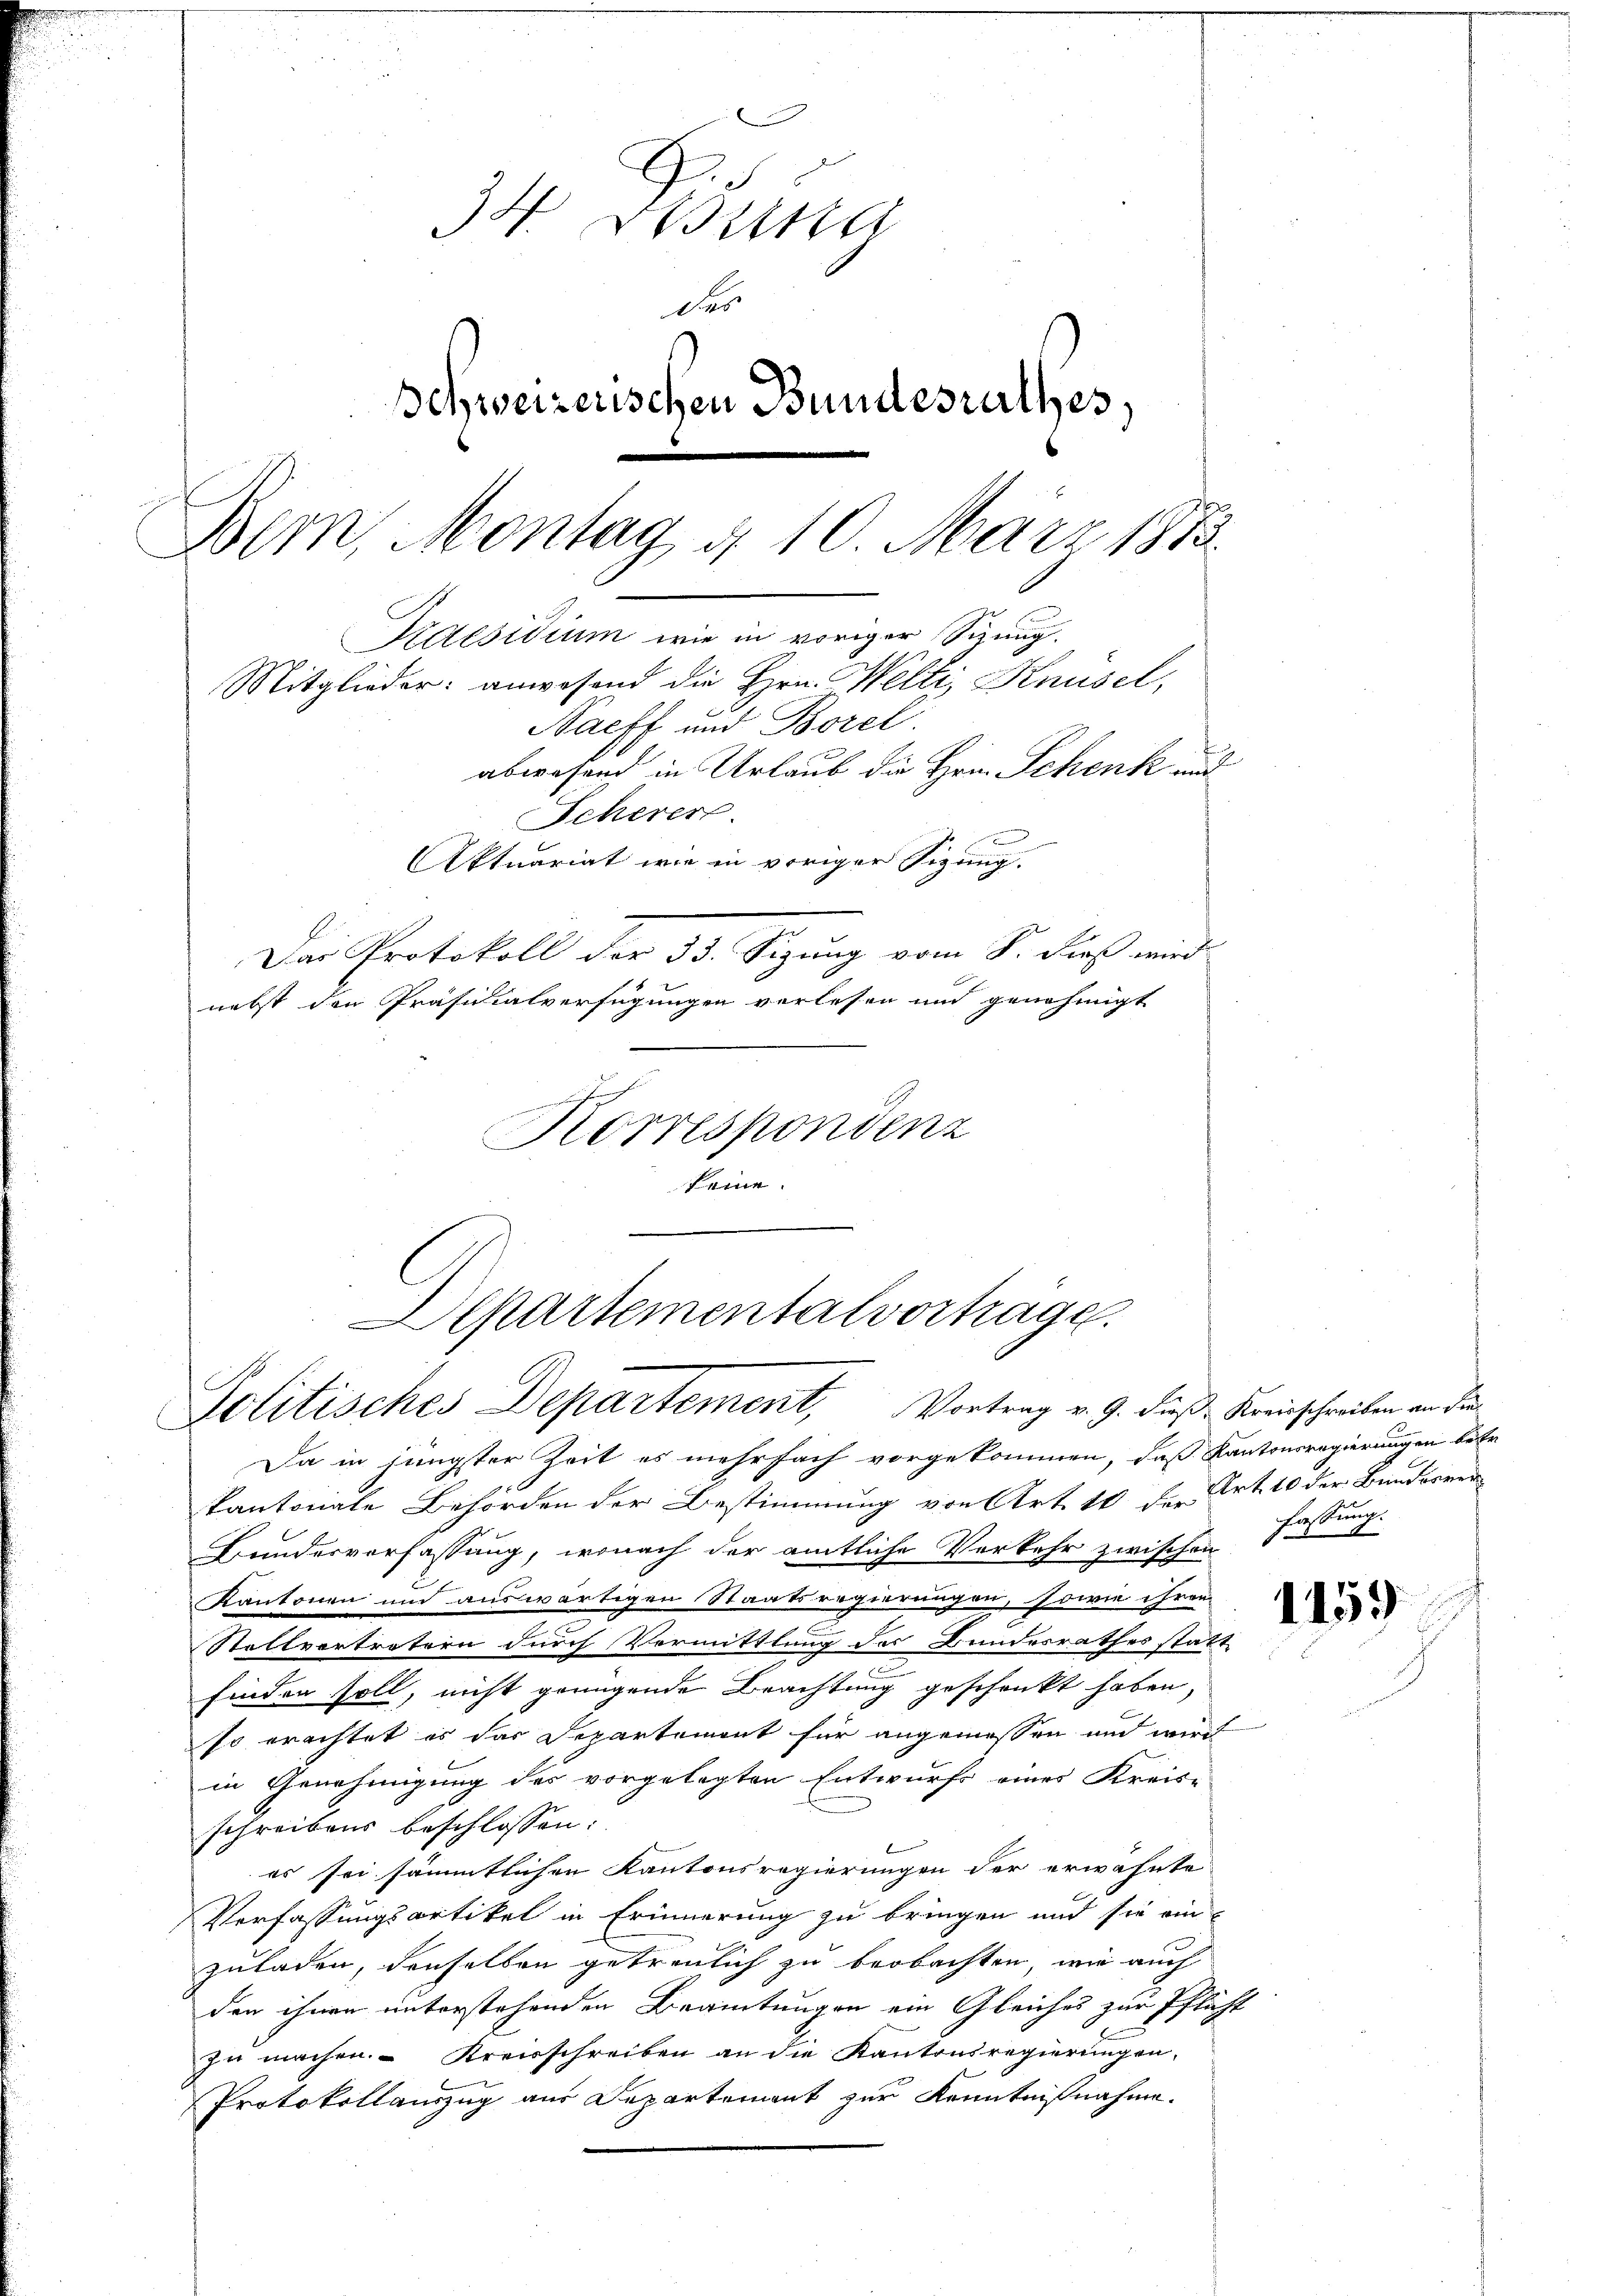
3 Bra
des
Schweizerischen Bundesrathes,
Praesidium wie in voriger Sizung.
Mitglieder: anwesend die Hrn. Welti, Knüsel,
Sacff und Borel
abwesend in Urlaub die Hrn. Schenk und
Scherer
Aktuariat wie in voriger Sigung.
Das Protokoll der 33. Sitzung vom 8. dieß wird
nebst den Präsidialverfügungen verlesen und genehmigt
Korrespondenz

Bern, Montag d. 10. März 1873.

Departementalvortrage.
c
Politisches Departement, Vortrag v. 9. dieß, Kreisschreiben an der

keine.

Da in jüngster Zeit es mehrfach vorgekommen, daß Kantonsregierungen betr.
kantonate Behörden der Bestimmung von Art. 10 der Art. 10 der Bunderrei
Bundesverfassung, wonach der amtliche Verkehr zwischen
Kantonen und auswärtigen Staatsregierungen, sowie ihren
Stellvertretern durch Vormittlung des Bundesrathes statt
.
finden soll, nicht genügende Brachtung geschenkt haben,
so erachtet es das Departement für angemessen und wird
in Genehmigung des vorgelegten Entwurfs eines Kreis-
schreibens beschlossen:
es sei sämmtlichen Kantonsregierungen der erwähnte
Verfassungsartikel in Erinnerung zu bringen und sie ein
zuladen, denselben getreulich zu beobachten, wie auch
den ihnen unterstehenden Beamtungen ein Gleiches zur Pflicht
zu machen. Kreisschreiben an die Kantonsregierungen,
Protokollauszug aus Departement zur Kenntnißnahme.

fassung.
8

1159